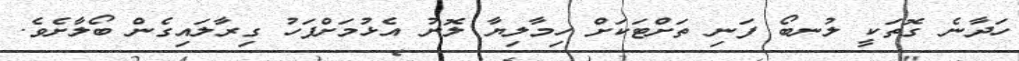
ހަދާނެ ގޮތަކީ ލުނބޯ ފަނި ތަށްޓަކަށް ހިމާލިޔާ ލޮނު އެޅުމަށްފަހު ގިރާލައިގެން ބޯލާށެވެ.